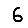
Digit: 6